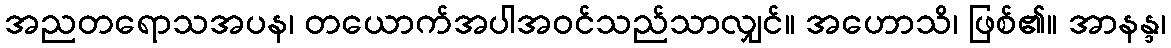
အညတရောသအပန၊ တယောက်အပါအဝင်သည်သာလျှင်။ အဟောသိ၊ ဖြစ်၏။ အာနန္ဒ၊